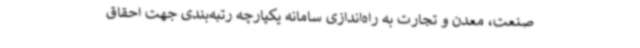
صنعت، معدن و تجارت به راه‌اندازی سامانه یکپارچه رتبه‌بندی جهت احقاق